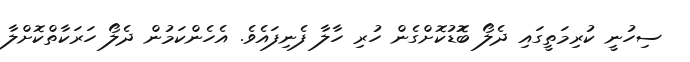
ސިހުނީ ކުރިމަތީގައި ދެލޯ ބޮޮޑުކޮށްގެން ހުރި ހާލާ ފެނިފައެވެ. އެހެންކަމުން ދެލޯ ހަރަކާތްކޮށްލާ